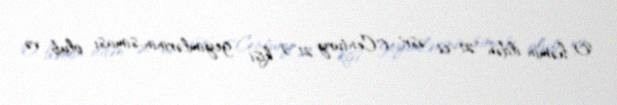
O, həmin ildən "21-ci əsr" ("Century 21") kişi geyimlərinin siması olub və